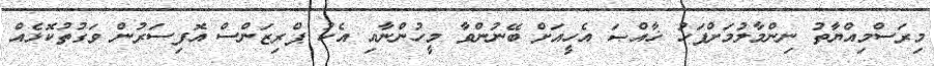
މިރަސްމިއްޔާތު ނިންމާލުމަށްފަހު ޚާއްޞަ އެހީއަށް ބޭނުންވާ މީހުންނާއި އެކު ޕްރިޒަންސް އޮފިސަރުން ވަގުތުކޮޅެއް